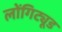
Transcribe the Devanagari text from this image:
लोंगिट्यूड